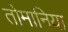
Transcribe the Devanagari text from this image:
तोमानिया